koduurija_Pavel_Tisler, lk 10
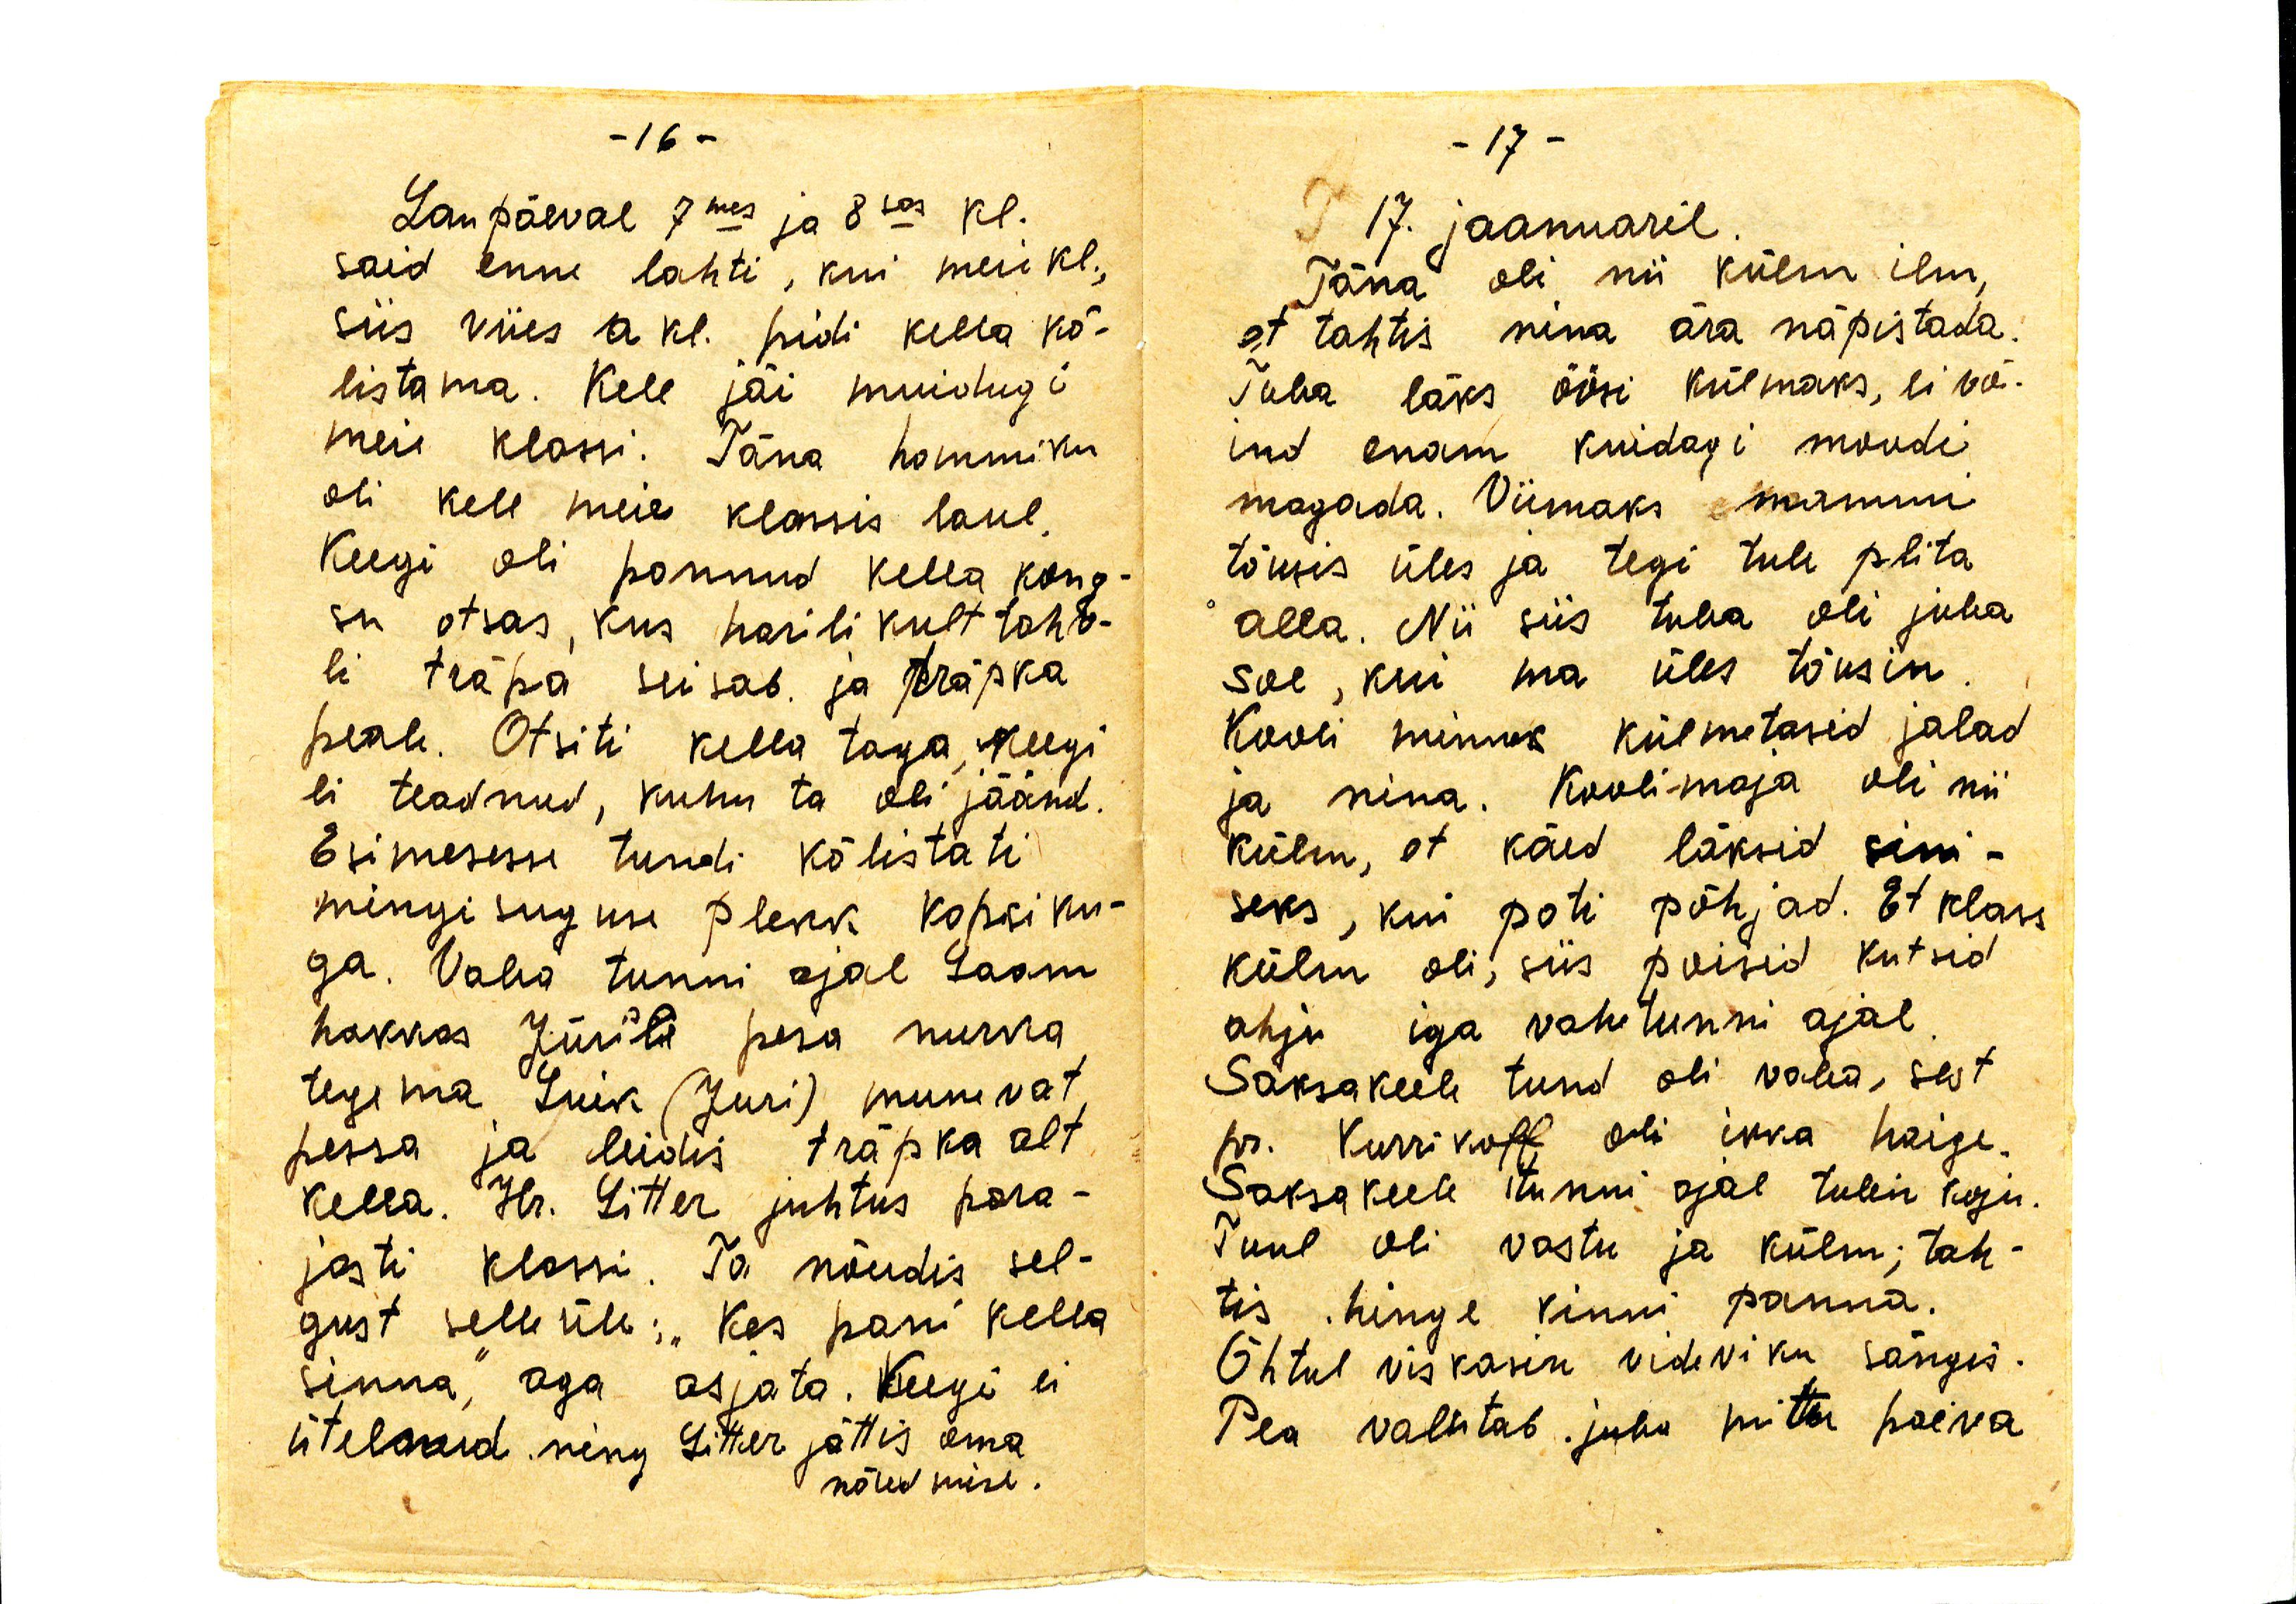
Laupäeval 7mes ja 8sas kl.
said enne lahti, kui meie kl.,
siis viies a kl. pidi kella kõ-
listama. Kell jäi muidugi
meie klassi. Täna hommiku
oli kell meie klassis laul.
Keegi oli pannud kella kong-
su otsas, kus harilikult tahv-
li träpa seisab ja träpka
peale. Otsiti kella taga, keegi
ei teadnud, kuhu ta oli jäänud.
Esimesse tundi kõlistati
mingisuguse plekki kopsiku-
ga. Vaba tunni ajal Laam 
hakkas Jürile pesa nurka
tegema Luik (Jüri) munevat
pessa ja leidis träpka alt
kella. Hr. Litter juhtus para-
jasti klassi. Ta nõudis sel-
gust selle üle: "Kes pani kella
sinna", aga asjata. Keegi ei
ütelnud ning Litter jättis oma
nõudmise.

17. jaanuaril.
Täna oli nii külm ilm,
et tahtis nina ära näpistada.
Tuba läks öösi külmaks, ei võ-
ind enam kuidagi moodi
magada. Viimaks mammi
tõusis üles ja tegi tule plita
alla. Nii siis tuba oli juba
soe, kui ma üles tõusin.
Kooli minek külmetasid jalad
ja nina. Kooli-maja oli nii
külm, et käed läksid sini-
seks, kui poti põhjad. Et klass
külm oli, siis poisid kütsid
ahju iga vahetunni ajal.
Saksakeele tund oli vaba, sest
pr. Kurrikoff oli ikka haige.
Saksakeele tunni ajal tulin koju.
Tuul oli vastu ja külm; tah-
tis hinge kinni panna.
Õhtul viskasin videviku sängis.
Pea valutab juba mitu päeva